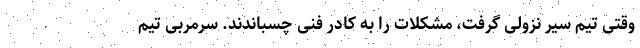
وقتی تیم سیر نزولی گرفت، مشکلات را به کادر فنی چسباندند. سرمربی تیم